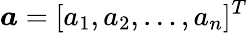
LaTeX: \boldsymbol{a}=[a_{1},a_{2},\dots,a_{n}]^{T}